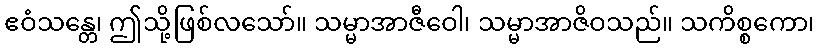
ဧဝံသန္တေ၊ ဤသို့ဖြစ်လသော်။ သမ္မာအာဇီဝေါ၊ သမ္မာအာဇိဝသည်။ သကိစ္စကော၊